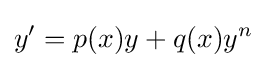
y'=p(x)y+q(x)y^{n}